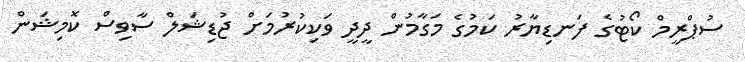
ސުޕްރީމް ކޯޓުގެ ފަނޑިޔާރު ކަމުގެ މަގާމުން ދީދީ ވަކިކުރުމަށް ޖުޑިޝަލް ސާވިސް ކޮމިޝަން